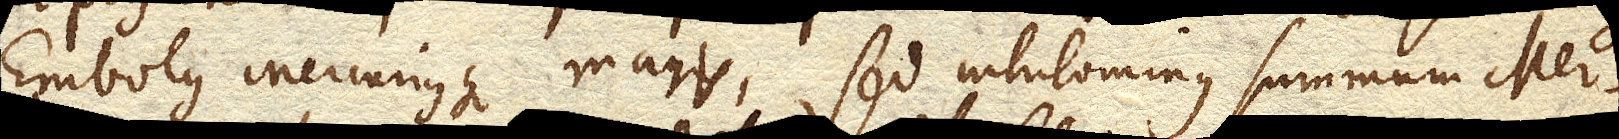
embolus Mercuriusque magis, sed nihilominus summum Mer–